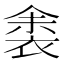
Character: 𬡛